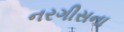
નરગીસના